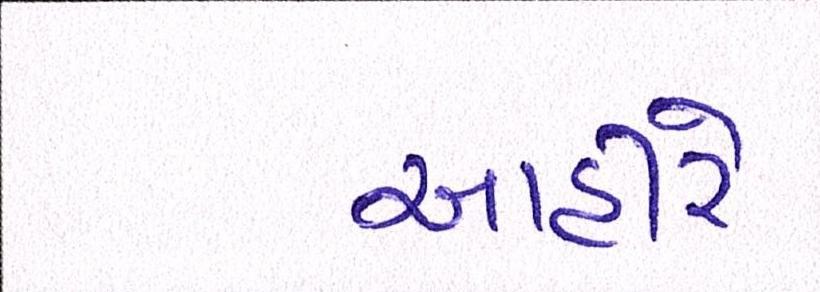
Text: આહીરે